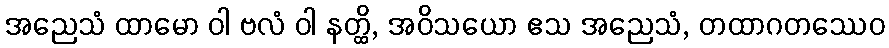
အညေသံ ထာမော ဝါ ဗလံ ဝါ နတ္ထိ, အဝိသယော ဧသ အညေသံ, တထာဂတဿေဝ